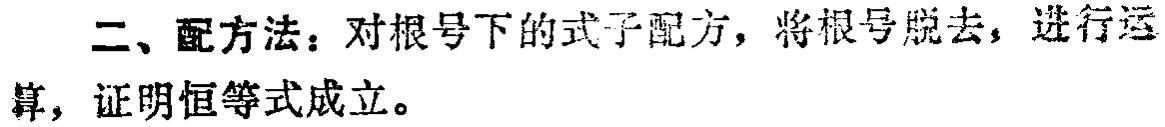
二、配方法：对根号下的式子配方，将根号脱去，进行运算，证明恒等式成立。